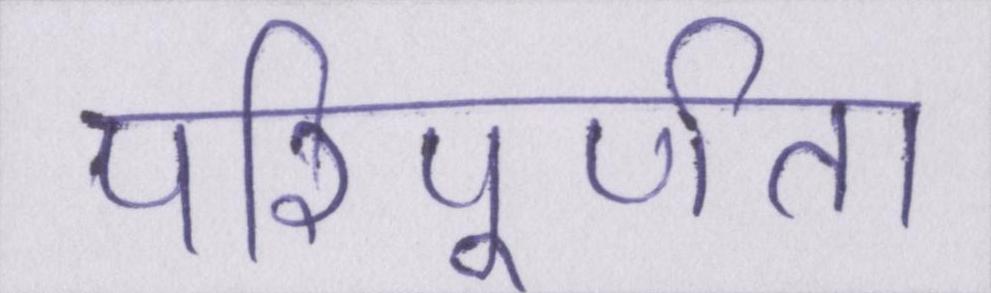
परिपूर्णता